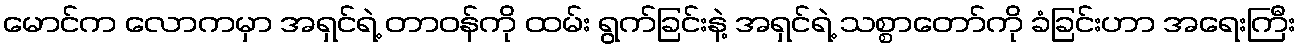
မောင်က လောကမှာ အရှင်ရဲ့ တာဝန်ကို ထမ်း ရွက်ခြင်းနဲ့ အရှင်ရဲ့ သစ္စာတော်ကို ခံခြင်းဟာ အရေးကြီး